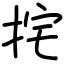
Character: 挓